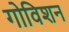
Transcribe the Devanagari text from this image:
गोविशन